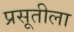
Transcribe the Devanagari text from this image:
प्रसूतीला